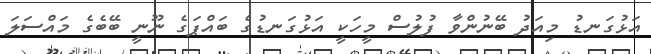
އަޅުގަނޑު މިއަދު ބޭނުންވާ ފުލުސް މީހަކީ އަޅުގަނޑުގެ ބައްޕަގެ ނޫނީ ބޭބެގެ މައްސަލަ